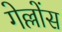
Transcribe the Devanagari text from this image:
गेल्लोंस